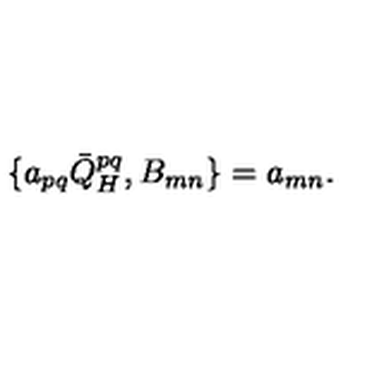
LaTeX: \{ a _ { p q } \bar { Q } _ { H } ^ { p q } , B _ { m n } \} = a _ { m n } .